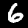
Label: 6